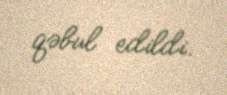
qəbul edildi.